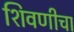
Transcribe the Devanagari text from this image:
शिवणीचा